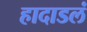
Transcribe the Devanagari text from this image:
हादाडलं